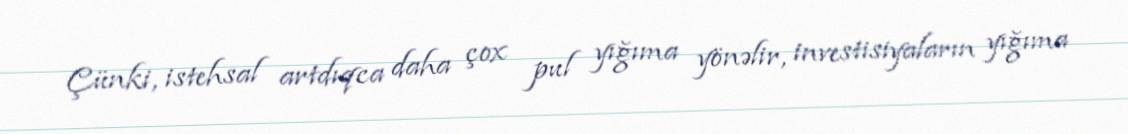
Çünki, istehsal artdıqca daha çox pul yığıma yönəlir, investisiyaların yığıma